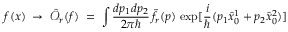
f ( x ) \; \to \; { \hat { \mathcal O } } _ { r } ( f ) \; = \; \int \frac { d p _ { 1 } d p _ { 2 } } { 2 \pi \hbar } \, { \tilde { f } } _ { r } ( p ) \, \exp [ \frac { i } { \hbar } ( p _ { 1 } { \hat { x } } _ { 0 } ^ { 1 } + p _ { 2 } { \hat { x } } _ { 0 } ^ { 2 } ) ]